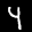
Label: 4